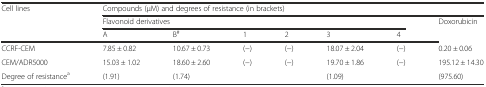
<table><thead><tr><td rowspan="3"><b>Cell lines</b></td><td colspan="7"><b>Compounds (μM) and degrees of resistance (in brackets)</b></td></tr><tr><td colspan="6"><b>Flavonoid derivatives</b></td><td rowspan="2"><b>Doxorubicin</b></td></tr><tr><td><b>A</b></td><td><b>B<sup>#</sup></b></td><td><b>1</b></td><td><b>2</b></td><td><b>3</b></td><td><b>4</b></td></tr></thead><tbody><tr><td>CCRF-CEM</td><td>7.85 ± 0.82</td><td>10.67 ± 0.73</td><td>(−)</td><td>(−)</td><td>18.07 ± 2.04</td><td>(−)</td><td>0.20 ± 0.06</td></tr><tr><td>CEM/ADR5000</td><td>15.03 ± 1.02</td><td>18.60 ± 2.60</td><td>(−)</td><td>(−)</td><td>19.70 ± 1.86</td><td>(−)</td><td>195.12 ± 14.30</td></tr><tr><td>Degree of resistance<sup>a</sup></td><td>(1.91)</td><td>(1.74)</td><td></td><td></td><td>(1.09)</td><td></td><td>(975.60)</td></tr></tbody></table>